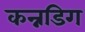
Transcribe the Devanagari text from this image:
कन्नडिग